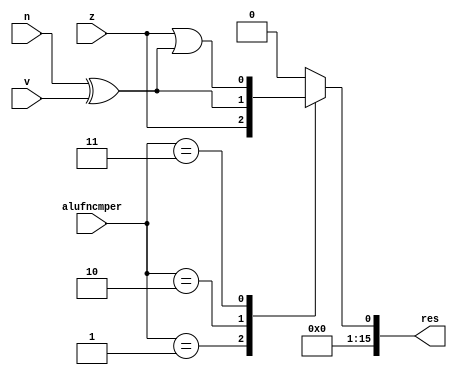
module cmpFunction_9 (
    input z,
    input v,
    input n,
    input [1:0] alufncmper,
    output reg [15:0] res
  );
  
  
  
  reg temp;
  
  always @* begin
    
    case (alufncmper)
      2'h1: begin
        temp = z;
      end
      2'h2: begin
        temp = n ^ v;
      end
      2'h3: begin
        temp = z | (n ^ v);
      end
      default: begin
        temp = 1'h0;
      end
    endcase
    res[0+0-:1] = temp;
    res[1+14-:15] = 15'h0000;
  end
endmodule